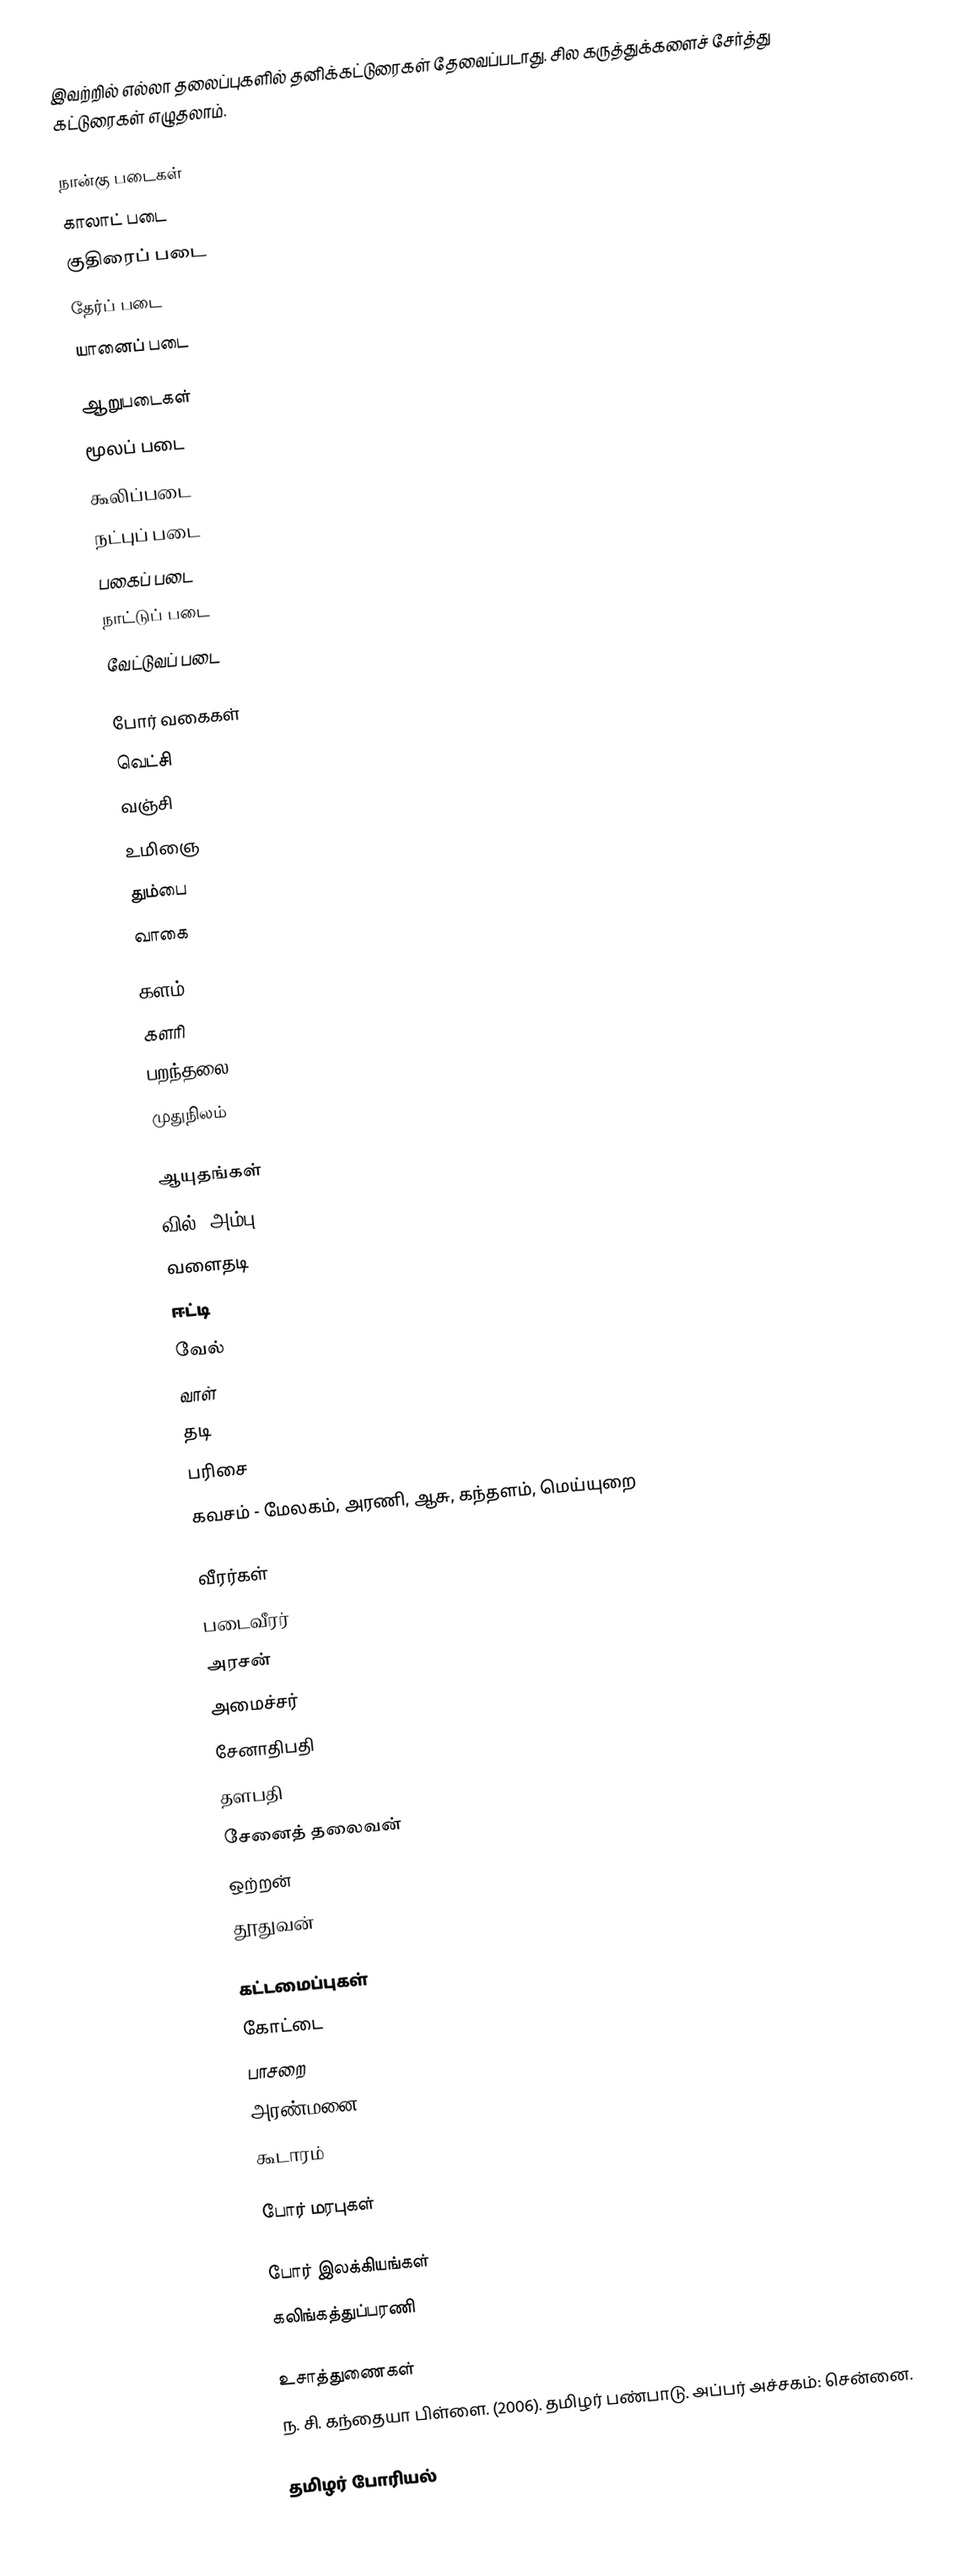
இவற்றில் எல்லா தலைப்புகளில் தனிக்கட்டுரைகள் தேவைப்படாது.  சில கருத்துக்களைச் சேர்த்து கட்டுரைகள் எழுதலாம்.

நான்கு படைகள்
 காலாட் படை
 குதிரைப் படை
 தேர்ப் படை
 யானைப் படை

ஆறுபடைகள்
 மூலப் படை
 கூலிப்படை
 நட்புப் படை
 பகைப் படை
 நாட்டுப் படை
 வேட்டுவப் படை

போர் வகைகள்
 வெட்சி
 வஞ்சி
 உமிஞை
 தும்பை
 வாகை

களம்
 களரி
 பறந்தலை
 முதுநிலம்

ஆயுதங்கள்
 வில், அம்பு
 வளைதடி
 ஈட்டி
 வேல்
 வாள்
 தடி
 பரிசை
 கவசம் - மேலகம், அரணி, ஆசு, கந்தளம், மெய்யுறை

வீரர்கள்
 படைவீரர்
 அரசன்
 அமைச்சர்
 சேனாதிபதி
 தளபதி
 சேனைத் தலைவன்
 ஒற்றன்
 தூதுவன்

கட்டமைப்புகள்
 கோட்டை
 பாசறை
 அரண்மனை
 கூடாரம்

போர் மரபுகள்

போர் இலக்கியங்கள்
 கலிங்கத்துப்பரணி

உசாத்துணைகள்
 ந. சி. கந்தையா பிள்ளை. (2006). தமிழர் பண்பாடு. அப்பர் அச்சகம்: சென்னை.

தமிழர் போரியல்